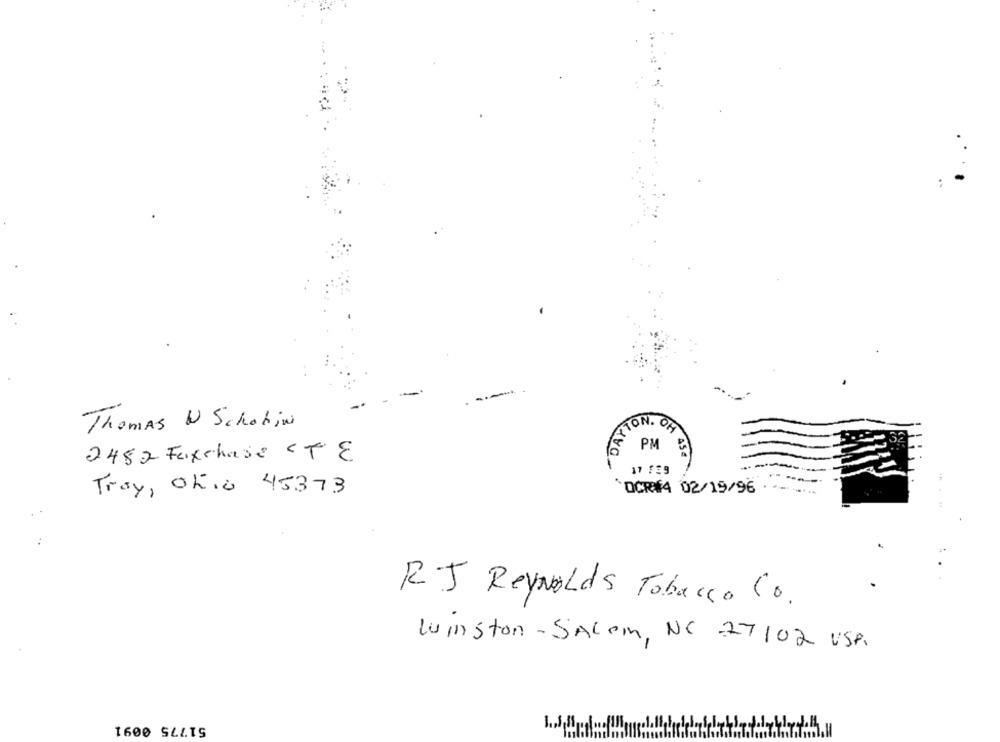
DAYT
TON
Thomas W Schobin
PM
2482 Fauxchase STE
454
11 /29
Tray, Ohio 45373
*OCRE4 02/19/96
R.J Reynolds Tobacco Co.
Luinston-Salem, NC -27102 USA.
1600 SALTS